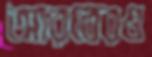
আরবেরও